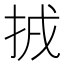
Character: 𢬮